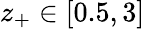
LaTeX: z_{+}\in[0.5,3]